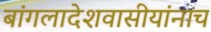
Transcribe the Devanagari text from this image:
बांगलादेशवासीयांनाच